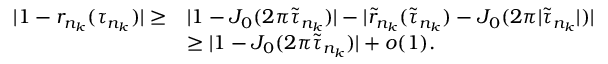
\begin{array} { r l } { | 1 - r _ { n _ { k } } ( \tau _ { n _ { k } } ) | \geq } & { | 1 - J _ { 0 } ( 2 \pi \widetilde { \tau } _ { n _ { k } } ) | - | \widetilde { r } _ { n _ { k } } ( \widetilde { \tau } _ { n _ { k } } ) - J _ { 0 } ( 2 \pi | \widetilde { \tau } _ { n _ { k } } | ) | } \\ & { \geq | 1 - J _ { 0 } ( 2 \pi \widetilde { \tau } _ { n _ { k } } ) | + o ( 1 ) . } \end{array}